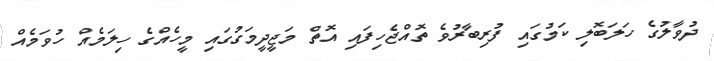
ދުވާލުގެ ހަލަބޮލި ކަމުގައި ފުރިބާރުވެ ތޮއްޖެހިފައި އޮތް މަޖީދީމަގުގައި މީހެއްގެ ހިލަމެއް ހުވަމެއް